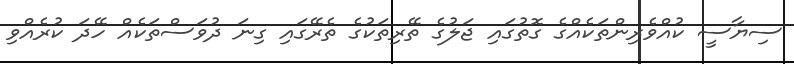
ސިޔާސީ ކުއްވެރިންތަކެއްގެ ގޮތުގައި ޖަލުގެ ތޭރިތަކުގެ ތެރޭގައި ގިނަ ދުވަސްތަކެއް ހޭދަ ކުރެއްވި